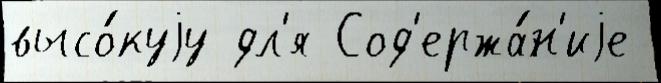
высо́куjу дл'я Сод'ержа́н'иjе